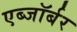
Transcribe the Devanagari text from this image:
एब्जॉर्बर